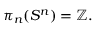
\pi _ { n } ( S ^ { n } ) = \mathbb { Z } .